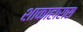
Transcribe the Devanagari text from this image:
शाकाहारास